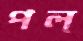
পল্